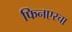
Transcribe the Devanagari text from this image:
फिनएरचा